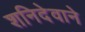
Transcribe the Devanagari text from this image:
शनिदेवाने